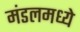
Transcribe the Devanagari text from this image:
मंडलमध्ये